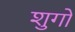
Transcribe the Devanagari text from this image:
शुगों